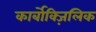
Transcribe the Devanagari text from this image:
कार्बोक्ज़िलिक